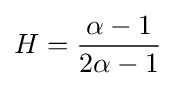
H={\frac {\alpha -1}{2\alpha -1}}